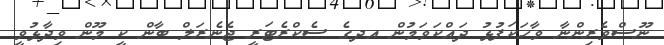
ނޫސްވެރިންނާ ވާހަކަފުޅު ދައްކަވަމުން އދގެ ސެކްރެޓަރީ ޖެނެރަލް ބާން ކީ މޫން ވިދާޅުވީ